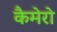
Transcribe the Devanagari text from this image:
कैमेरो